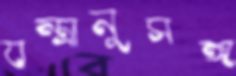
যন্ত্রানুসঙ্গ